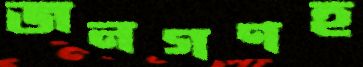
জনগণহ